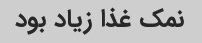
نمک غذا زیاد بود